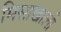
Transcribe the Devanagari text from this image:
मिसाखाली